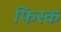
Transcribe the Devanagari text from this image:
फिस्‍क